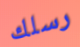
رسلك